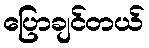
ပြောချင်တယ်